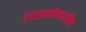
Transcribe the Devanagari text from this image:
एराइथ्रोमाइसिन